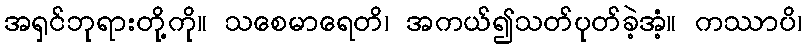
အရှင်ဘုရားတို့ကို။ သစေမာရေတိ၊ အကယ်၍သတ်ပုတ်ခဲ့အံ့။ ကဿာပိ၊